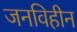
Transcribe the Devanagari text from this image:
जनविहीन